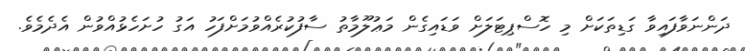
ދަންނަވާފައިވާ ގަޑިތަކަށް މި ހޮސްޕިޓަލަށް ވަޑައިގެން މަޢުލޫމާތު ސާފުކުރެއްވުމަށްފަހު އަގު ހުށަހެޅުއްވުން އެދެމެވެ.